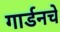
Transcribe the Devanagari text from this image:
गार्डनचे